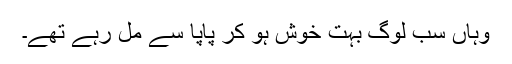
وہاں سب لوگ بہت خوش ہو کر پاپا سے مل رہے تھے۔